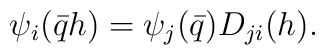
\psi _i(\bar qh)=\psi _j(\bar q)D_{ji}(h).